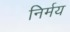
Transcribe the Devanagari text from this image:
निर्मय